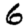
Digit: 6